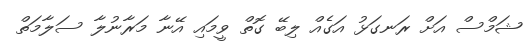
ޝަމްސް އަށް ރަނގަޅު އަގެއް ލިބޭ ގޮތް ވީމައި އޭނާ މަރާނުލާ ސަލާމަތް